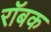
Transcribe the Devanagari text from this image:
रॉबक